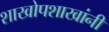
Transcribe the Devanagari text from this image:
शाखोपशाखांनी